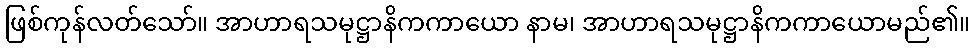
ဖြစ်ကုန်လတ်သော်။ အာဟာရသမုဋ္ဌာနိကကာယော နာမ၊ အာဟာရသမုဋ္ဌာနိကကာယောမည်၏။